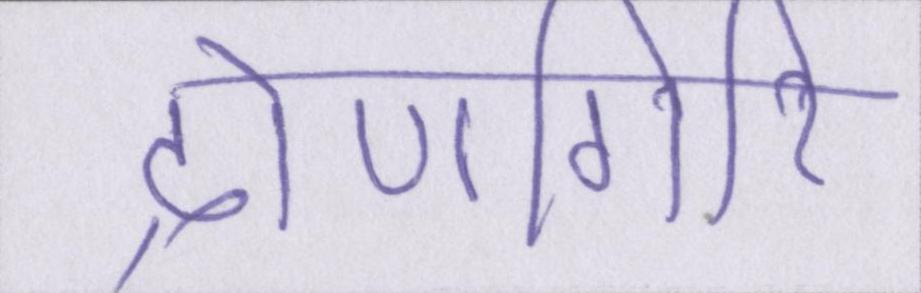
द्रोणगिरि